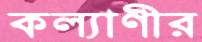
কল্যাণীর